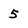
Character: 5